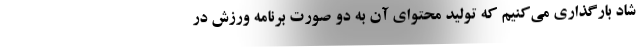
شاد بارگذاری می‌کنیم که تولید محتوای آن به دو صورت برنامه ورزش در